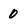
Character: 0